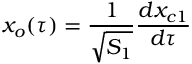
x _ { o } ( \tau ) = { \frac { 1 } { \sqrt { S _ { 1 } } } } { \frac { d x _ { c 1 } } { d \tau } }